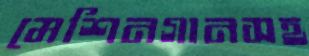
মেশিনগানসহ